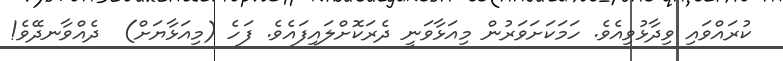
ކުރައްވައި ވިދާޅުވިއެވެ. ހަމަކަށަވަރުން މިއަޅާވަނީ ދެރަކޮށްލައިފައެވެ. ފަހެ (މިއަޅާޔަށް)  ދެއްވާނދޭވެ!